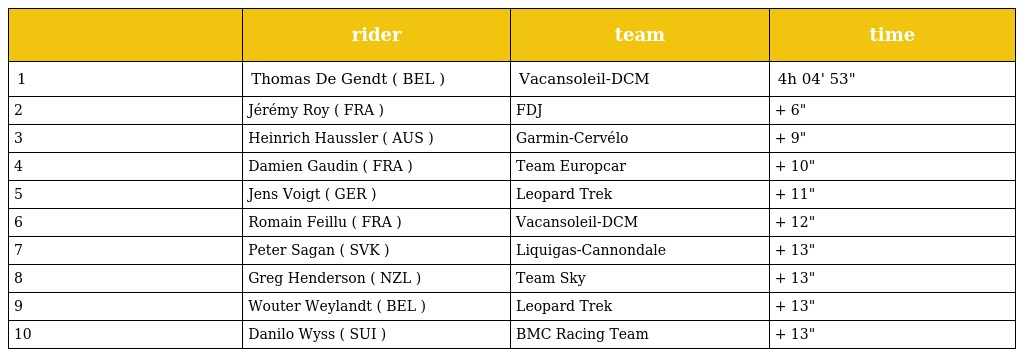
|  | rider | team | time |
 | --- | --- | --- | --- |
 | 1 | Thomas De Gendt ( BEL ) | Vacansoleil-DCM | 4h 04' 53" |
 | 2 | Jérémy Roy ( FRA ) | FDJ | + 6" |
 | 3 | Heinrich Haussler ( AUS ) | Garmin-Cervélo | + 9" |
 | 4 | Damien Gaudin ( FRA ) | Team Europcar | + 10" |
 | 5 | Jens Voigt ( GER ) | Leopard Trek | + 11" |
 | 6 | Romain Feillu ( FRA ) | Vacansoleil-DCM | + 12" |
 | 7 | Peter Sagan ( SVK ) | Liquigas-Cannondale | + 13" |
 | 8 | Greg Henderson ( NZL ) | Team Sky | + 13" |
 | 9 | Wouter Weylandt ( BEL ) | Leopard Trek | + 13" |
 | 10 | Danilo Wyss ( SUI ) | BMC Racing Team | + 13" |